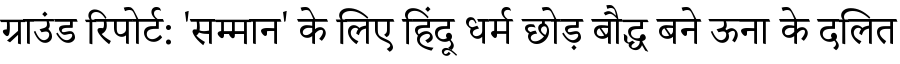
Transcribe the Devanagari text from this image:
ग्राउंड रिपोर्ट: 'सम्मान' के लिए हिंदू धर्म छोड़ बौद्ध बने ऊना के दलित